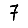
Digit: 7